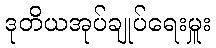
ဒုတိယအုပ်ချုပ်ရေးမှူး